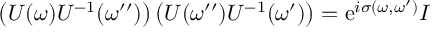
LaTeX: \left( U ( \omega ) U ^ { - 1 } ( \omega ^ { \prime \prime } ) \right) \left( U ( \omega ^ { \prime \prime } ) U ^ { - 1 } ( \omega ^ { \prime } ) \right) = \mathrm { e } ^ { i \sigma ( \omega , \omega ^ { \prime } ) } I